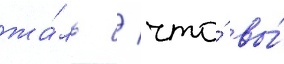
жа́ль / что́ вы́